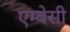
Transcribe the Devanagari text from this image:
एम्‍बेसी